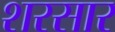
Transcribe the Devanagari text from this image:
शरसार